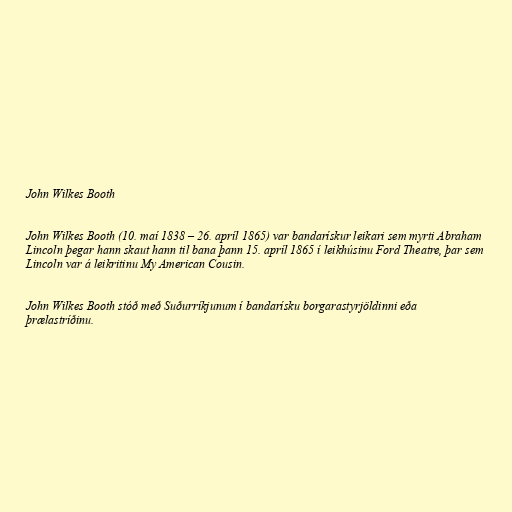
John Wilkes Booth

John Wilkes Booth (10. maí 1838 – 26. apríl 1865) var bandarískur leikari sem myrti Abraham
Lincoln þegar hann skaut hann til bana þann 15. apríl 1865 í leikhúsinu Ford Theatre, þar sem
Lincoln var á leikritinu My American Cousin.

John Wilkes Booth stóð með Suðurríkjunum í bandarísku borgarastyrjöldinni eða
þrælastríðinu.